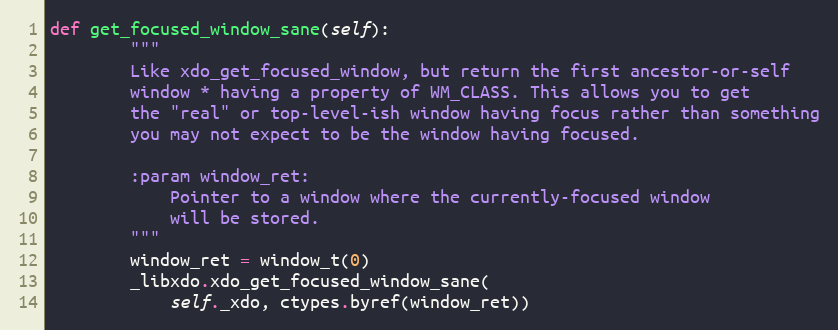
Language: Python
def get_focused_window_sane(self):
        """
        Like xdo_get_focused_window, but return the first ancestor-or-self
        window * having a property of WM_CLASS. This allows you to get
        the "real" or top-level-ish window having focus rather than something
        you may not expect to be the window having focused.

        :param window_ret:
            Pointer to a window where the currently-focused window
            will be stored.
        """
        window_ret = window_t(0)
        _libxdo.xdo_get_focused_window_sane(
            self._xdo, ctypes.byref(window_ret))